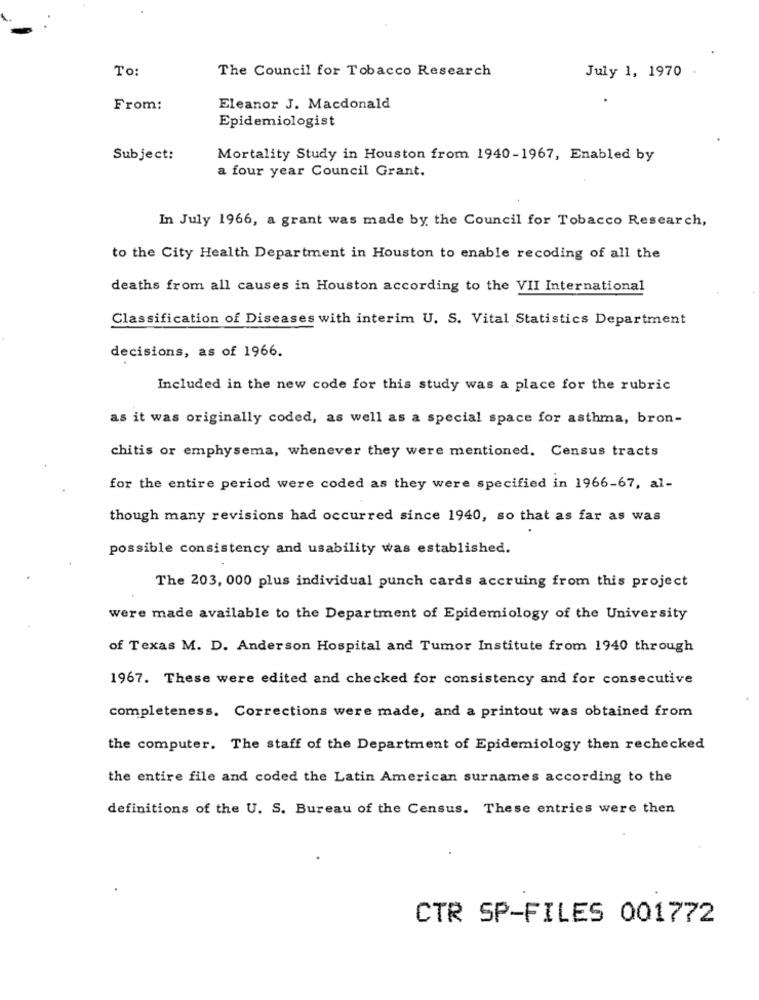
To:
The Council for Tobacco Research
July 1, 1970
From:
Eleanor J. Macdonald
Epidemiologist
Subject:
Mortality Study in Houston from 1940-1967, Enabled by
a four year Council Grant.
In July 1966, a grant was made by the Council for Tobacco Research,
to the City Health Department in Houston to enable recoding of all the
deaths from all causes in Houston according to the VII International
Classification of Diseases with interim U. S. Vital Statistics Department
decisions, as of 1966.
Included in the new code for this study was a place for the rubric
as it was originally coded, as well as a special space for asthma, bron-
chitis or emphysema, whenever they were mentioned. Census tracts
for the entire period were coded as they were specified in 1966-67, al-
though many revisions had occurred since 1940, so that as far as was
possible consistency and usability was established.
The 203, 000 plus individual punch cards accruing from this project
were made available to the Department of Epidemiology of the University
of Texas M. D. Anderson Hospital and Tumor Institute from 1940 through
1967. These were edited and checked for consistency and for consecutive
completeness. Corrections were made, and a printout was obtained from
the computer. The staff of the Department of Epidemiology then rechecked
the entire file and coded the Latin American surnames according to the
definitions of the U. S. Bureau of the Census. These entries were then
CTR SP-FILES 001772